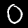
Digit: 0